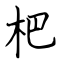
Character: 杷